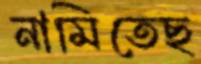
নামিতেছ